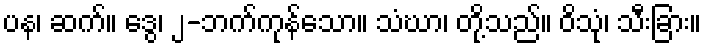
ပန၊ ဆက်။ ဒွေ၊ ၂-ဘက်ကုန်သော။ သံဃာ၊ တို့သည်။ ဝိသုံ၊ သီးခြား။